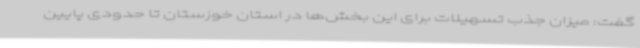
گفت: میزان جذب تسهیلات برای این بخش‌ها در استان خوزستان تا حدودی پایین